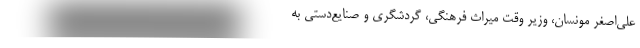
علی‌اصغر مونسان، ‌وزیر وقت میراث‌ فرهنگی، گردشگری و صنایع‌دستی به